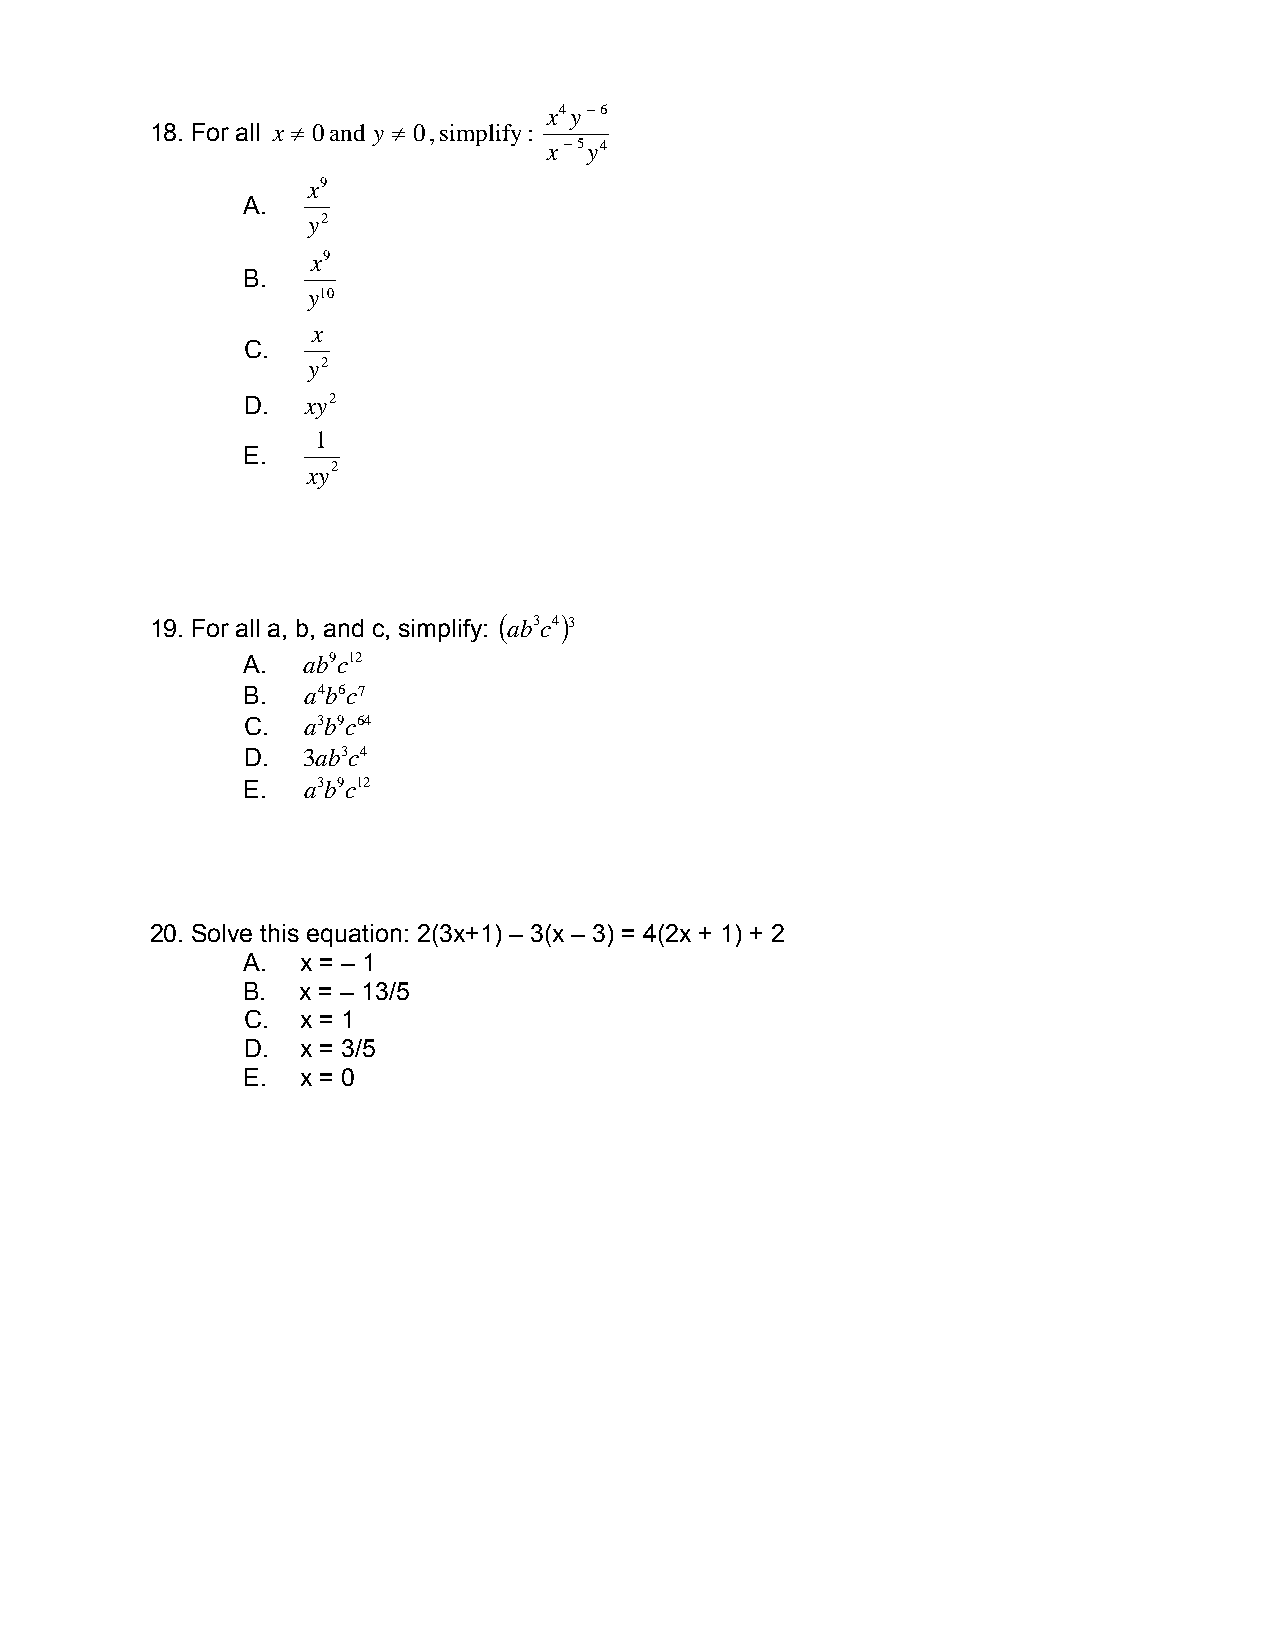
x4y−6
 18. For all x ≠ 0 and y ≠ 0 , simplify:
 x−5y4
 x9
 A.
 y2
 x9
 B.
 y10
 x
 C.
 y2
 D.  xy2
 1
 E.
 xy2
 19. For all a, b, and c, simplify: ( ab3c4)3
 A.  ab9c12
 B.  a4b6c7
 C.  a3b9c64
 D.  3ab3c4
 E.  a3b9c12
 20. Solve this equation: 2(3x+1) – 3(x – 3) = 4(2x + 1) + 2
 A.  x = – 1
 B.  x = – 13/5
 C.  x = 1
 D.  x = 3/5
 E.  x = 0